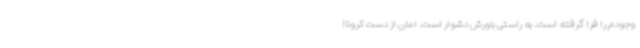
وجودم را فرا گرفته است. به راستی باورش دشوار است. امان از دست کرونا!